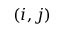
( i , j )